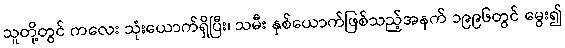
သူတို့တွင် ကလေး သုံးယောက်ရှိပြီး၊ သမီး နှစ်ယောက်ဖြစ်သည့်အနက် ၁၉၉၆တွင် မွေး၍